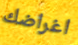
اغراضك